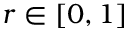
r \in [ 0 , 1 ]